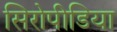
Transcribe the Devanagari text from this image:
सिरोपीडिया